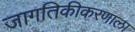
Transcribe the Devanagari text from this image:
जागतिकीकरणाला